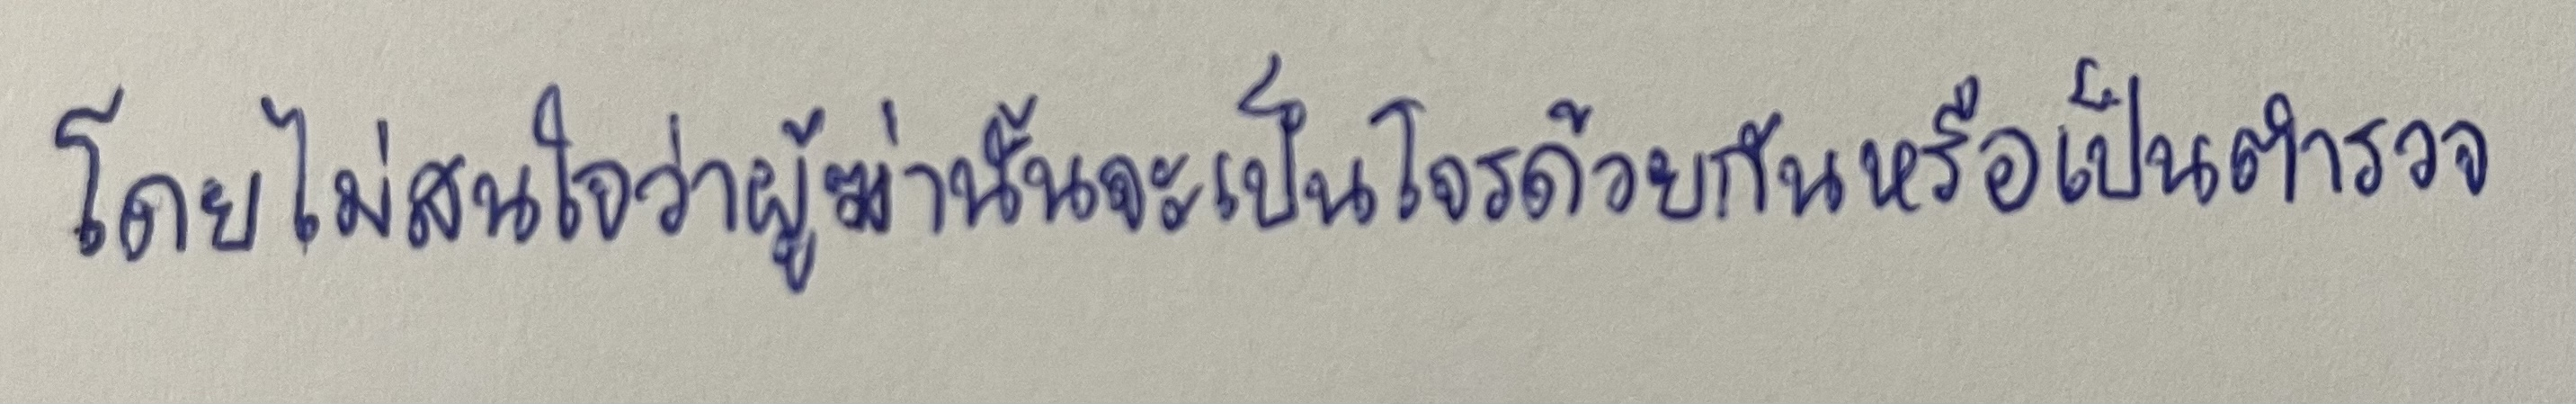
โดยไม่สนใจว่าผู้ฆ่านั้นจะเป็นโจรด้วยกันหรือเป็นตำรวจ